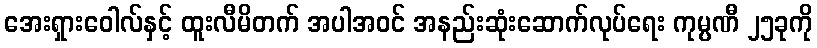
အေးရှားဝေါလ်နှင့် ထူးလီမိတက် အပါအဝင် အနည်းဆုံးဆောက်လုပ်ရေး ကုမ္ပဏီ ၂၅ခုကို